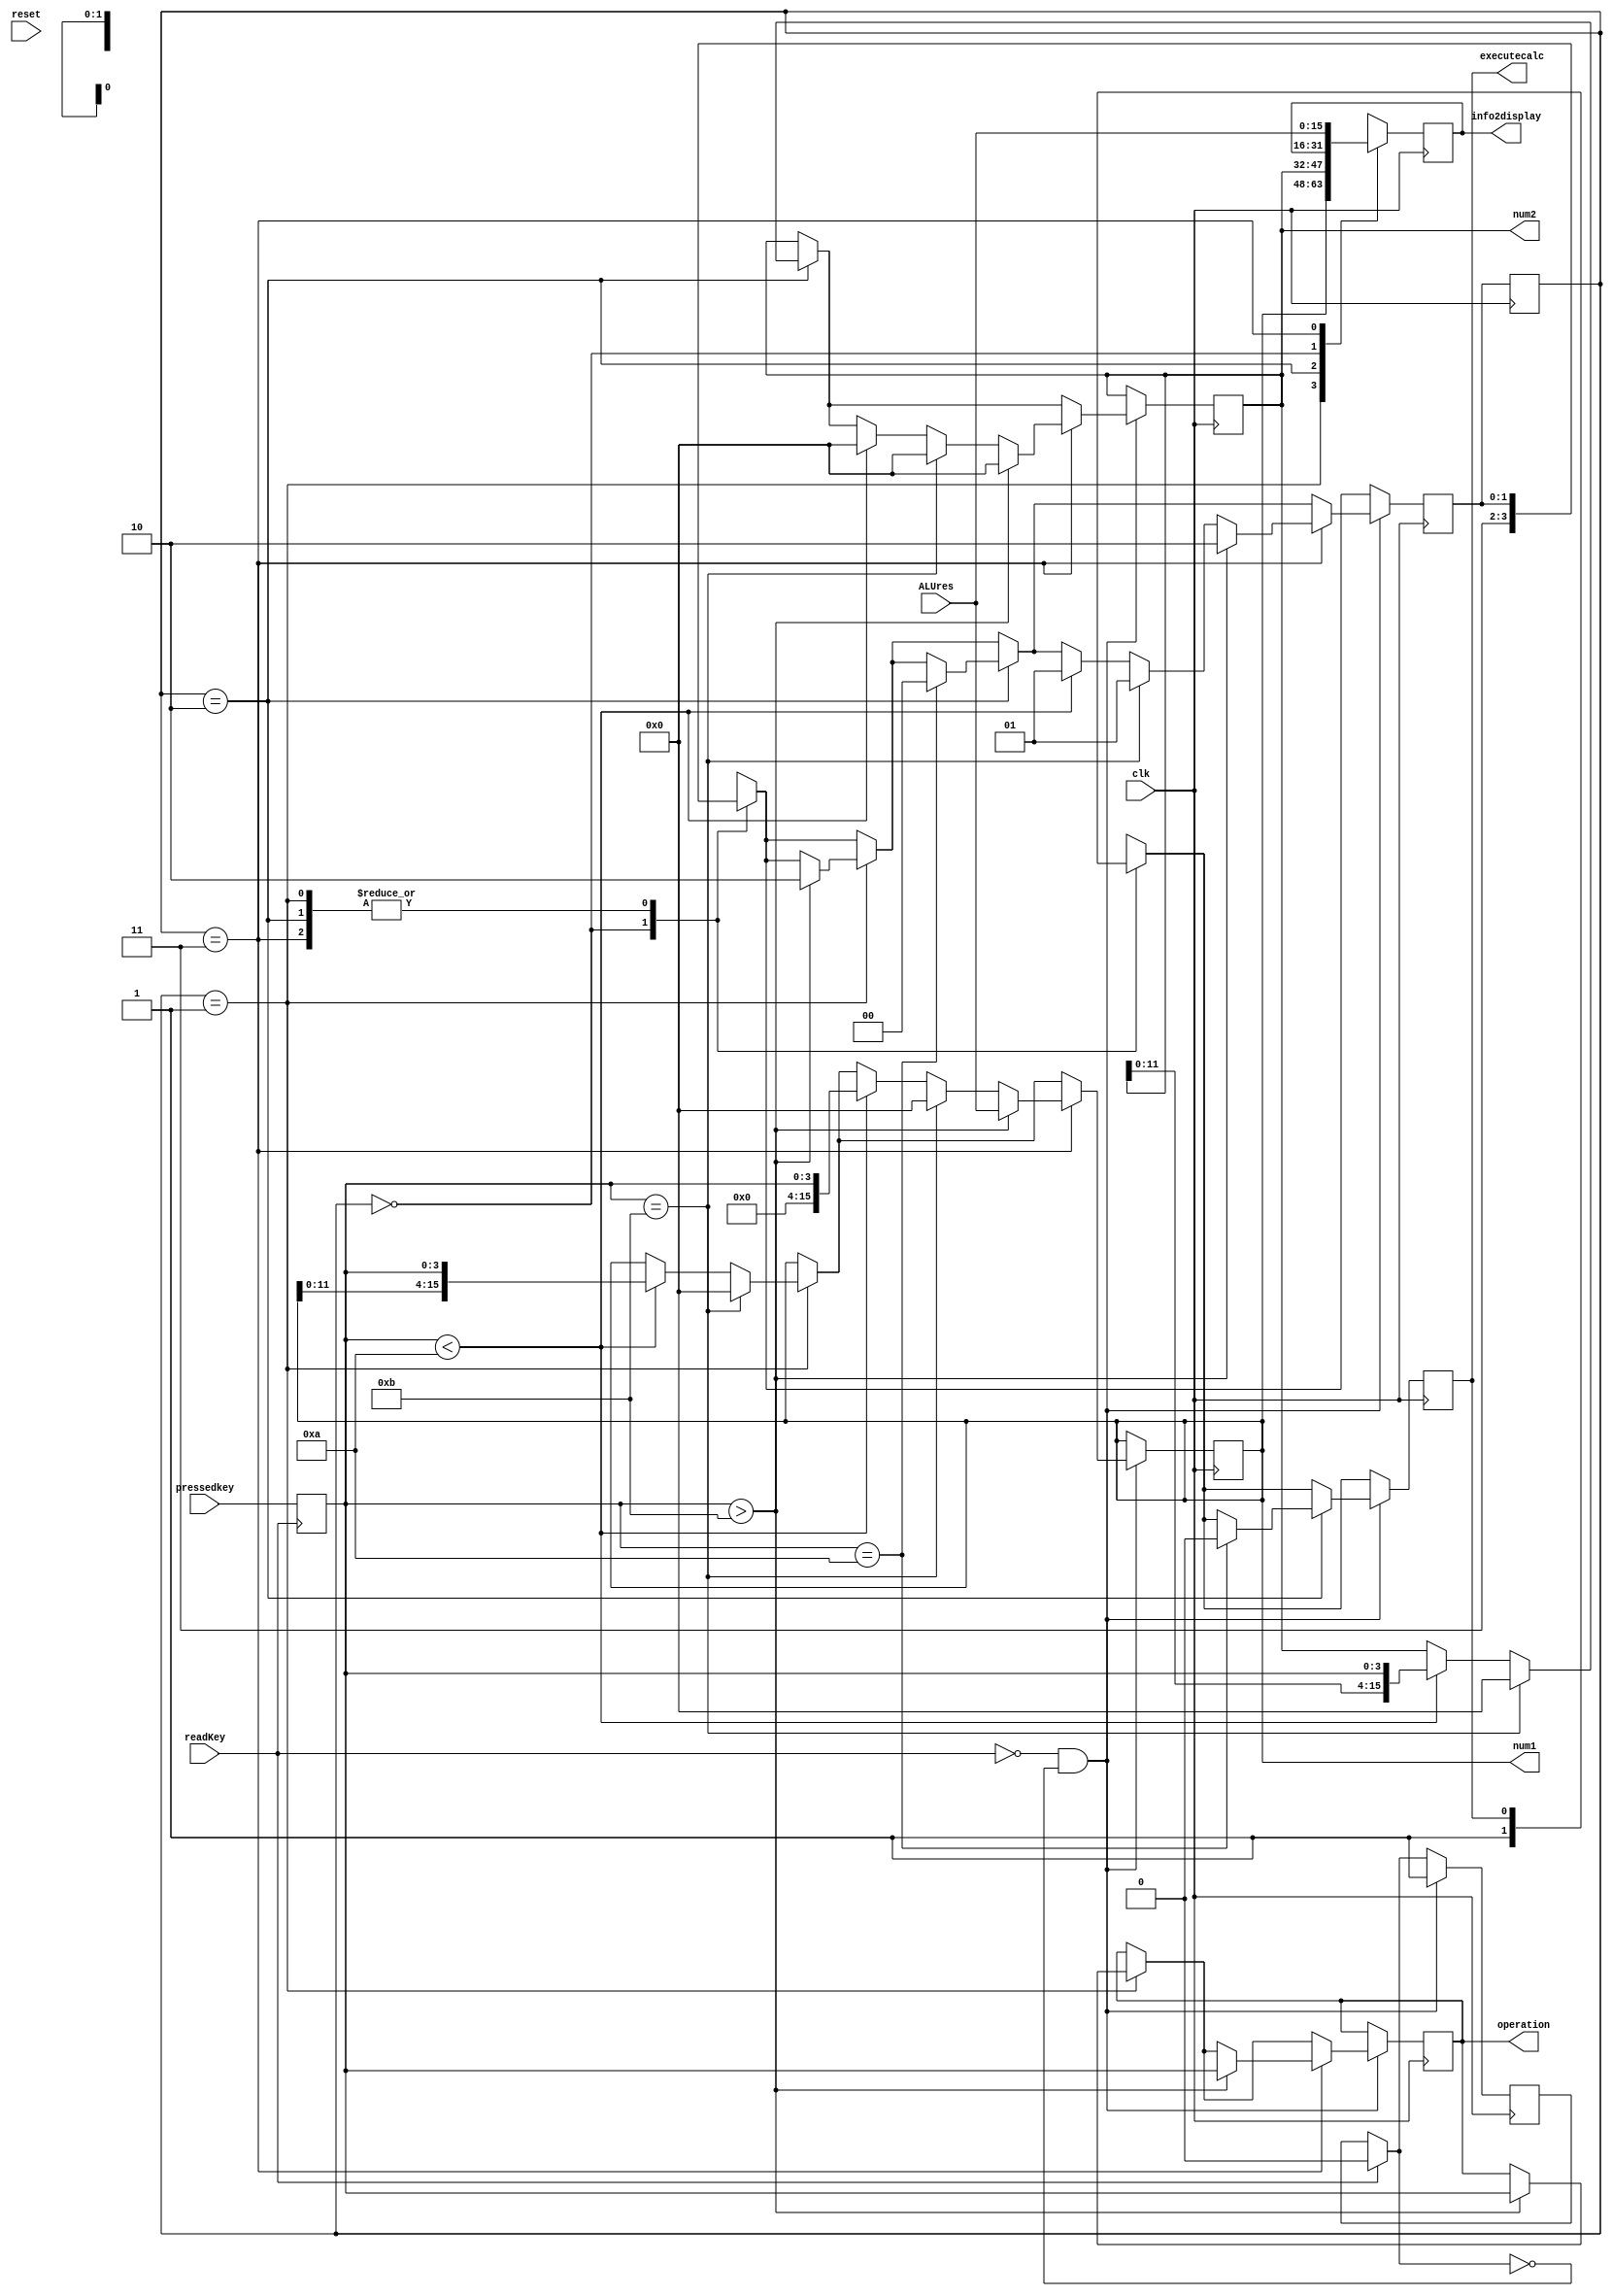

module mainFSB(
    
    input wire readKey,
    input wire [3:0]pressedkey,
    input wire [15:0]ALUres,
    output reg [15:0]num1,
    output reg [15:0]num2,
    output reg [3:0]operation,
    output reg executecalc,
    output reg [15:0]info2display,
    input wire clk,
    input wire reset
);

    // States of the FSM
    localparam calculate = 2'b00;
    localparam wait4num1 = 2'b01;
    localparam wait4num2 = 2'b10;
    localparam showRes = 2'b11;

    //Possible calculator keys
    localparam equal = 4'd10;
    localparam AC = 4'd11;
    localparam plus = 4'd12;
    localparam minus = 4'd13;
    localparam mult = 4'd14;
    localparam div = 4'd15;

    //Inner variables
    reg [3:0]currKey;
    reg keyreleased = 1;
    reg [1:0]curr_state= wait4num1;
    reg [1:0]nxt_state = wait4num1;


    always @(posedge readKey) begin
        currKey = pressedkey;
    end

    always @(posedge clk) begin
        curr_state <= nxt_state;

        if (readKey) begin          // Control de tecla soltada
            keyreleased = 1'b0;
        end

        //State updater
        case (curr_state)
            wait4num1: info2display = num1; // At initial state it shows this register

            wait4num2: info2display = num2; // Second state showing second operand

            calculate:begin                 // Edge to activate ALU
                executecalc = 1;
                nxt_state = showRes;
            end
            
            showRes: info2display = ALUres; // State showing result from ALU

        endcase
        if ((!readKey) && (!keyreleased)) begin // Key press latch
            
            if(curr_state == wait4num1)begin    // Initial State 
                if (currKey < equal) begin      // Each number pressed gets concatenated into num1 register
                    num1 = {num1[11:0], currKey};
                end

                if (currKey > AC)begin          // Any operator pressed, save operation
                    operation = currKey;
                    nxt_state = wait4num2;
                end

                if (currKey == AC) begin        // Clear button pressed
                    num1 = 0;
                end
            end
            if(curr_state == wait4num2)begin    // Second operand state
                
                if (currKey < equal) begin      // new number gets concatenated
                    num2 = {num2[11:0], currKey};
                end
                
                if (currKey == equal)begin      // If equal is pressed, calculate the result and show it
                    nxt_state = calculate;
                    executecalc = 0;
                end
                
                if (currKey == AC) begin        // clear key pressed
                    num2 = 0;
                end

            end

            if(curr_state == showRes)begin      // State showing the result
                
                if (currKey < equal) begin    // If another number is pressed, go to initial state
                    num1 = {12'd0, currKey};
                    num2 = 0;
                    nxt_state = wait4num1;
                end
                
                if (currKey == AC) begin      // if clear is pressed go to initial state
                    num1 = 0;
                    num2 = 0;
                    nxt_state = wait4num1;
                end

                if (currKey > AC) begin         // Operate over the result
                    num1 = ALUres;
                    num2 = 0;
                    operation = currKey;
                    nxt_state = wait4num2;
                end
            end
            keyreleased = 1'b1;                 // release latch from key
        end

    end

endmodule